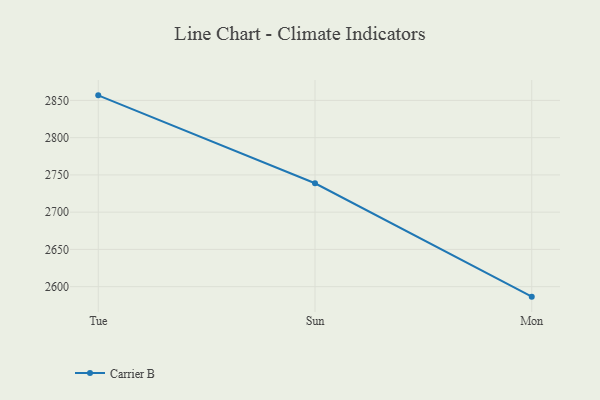
{"axis": {"x": "Day", "y": "Active Users"}, "legend": ["Carrier B"], "data": [{"x": "Tue", "y": 2856.8, "type": "Carrier B"}, {"x": "Sun", "y": 2738.8, "type": "Carrier B"}, {"x": "Mon", "y": 2586.6, "type": "Carrier B"}]}